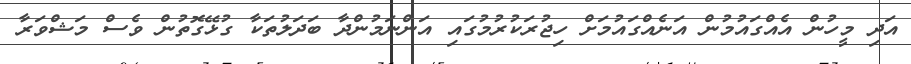
އަދި މީހުން އެއްގައުމުން އަނެއްގައުމަށް ހިޖުރަކުރުމުގައި އަންނަމުންދާ ބަދަލުތަކާ ގުޅޭގޮތުން ވެސް މަޝްވަރާ